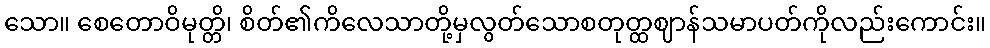
သော။ စေတောဝိမုတ္တိ၊ စိတ်၏ကိလေသာတို့မှလွတ်သောစတုတ္ထဈာန်သမာပတ်ကိုလည်းကောင်း။